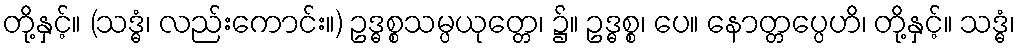
တို့နှင့်။ (သဒ္ဓံ၊ လည်းကောင်း။) ဥဒ္ဓစ္စသမ္ပယုတ္တေ၊ ၌။ ဥဒ္ဓစ္စ၊ ပေ။ နောတ္တပ္ပေဟိ၊ တို့နှင့်။ သဒ္ဓံ၊